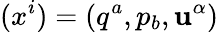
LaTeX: (x^{i})=(q^{a},p_{b},\mathbf{u}^{\alpha})